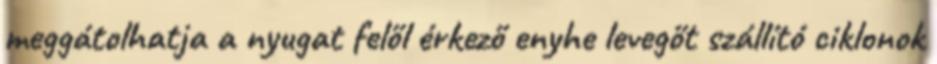
meggátolhatja a nyugat felől érkező enyhe levegőt szállító ciklonok